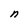
Character: n